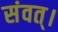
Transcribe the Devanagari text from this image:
संवत्‌।